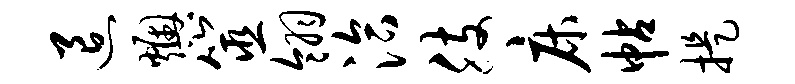
退燠筮翎洽肢床帖提